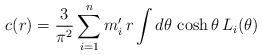
LaTeX: \begin{align*}c(r)=\frac{3}{\pi ^{2}}\sum_{i=1}^{n}m_{i}^{\prime }\,r\int d\theta \,\cosh\theta \,L_{i}(\theta ) \end{align*}